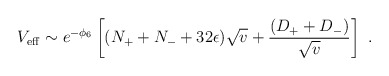
\begin{align*}V_{{\rm eff}} \sim e^{-\phi_6} \left[ (N_+ + N_- + 32\epsilon ) \sqrt{v} + \frac{(D_+ +D_-)}{\sqrt{v}} \right] \ .\end{align*}